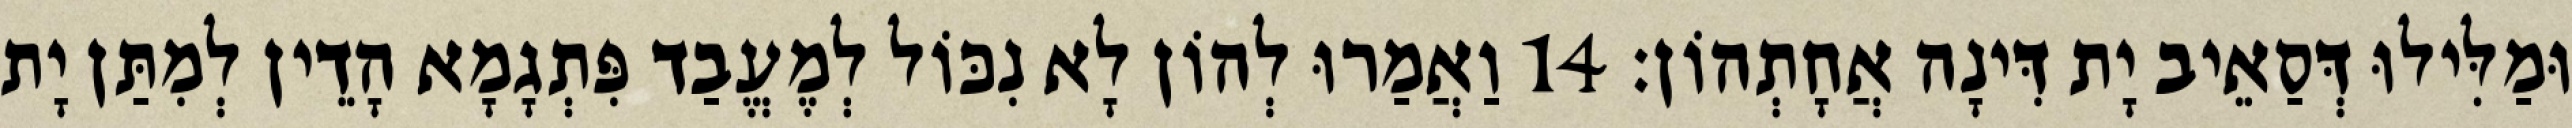
וּמַלִּילוּ דְּסַאֵיב יָת דִּינָה אֲחָתְהוֹן׃ 14 וַאֲמַרוּ לְהוֹן לָא נִכּוֹל לְמֶעֱבַד פִּתְגָמָא הָדֵין לְמִתַּן יָת